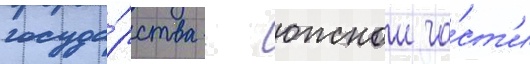
госуда́рства - южнои ча́ст'и